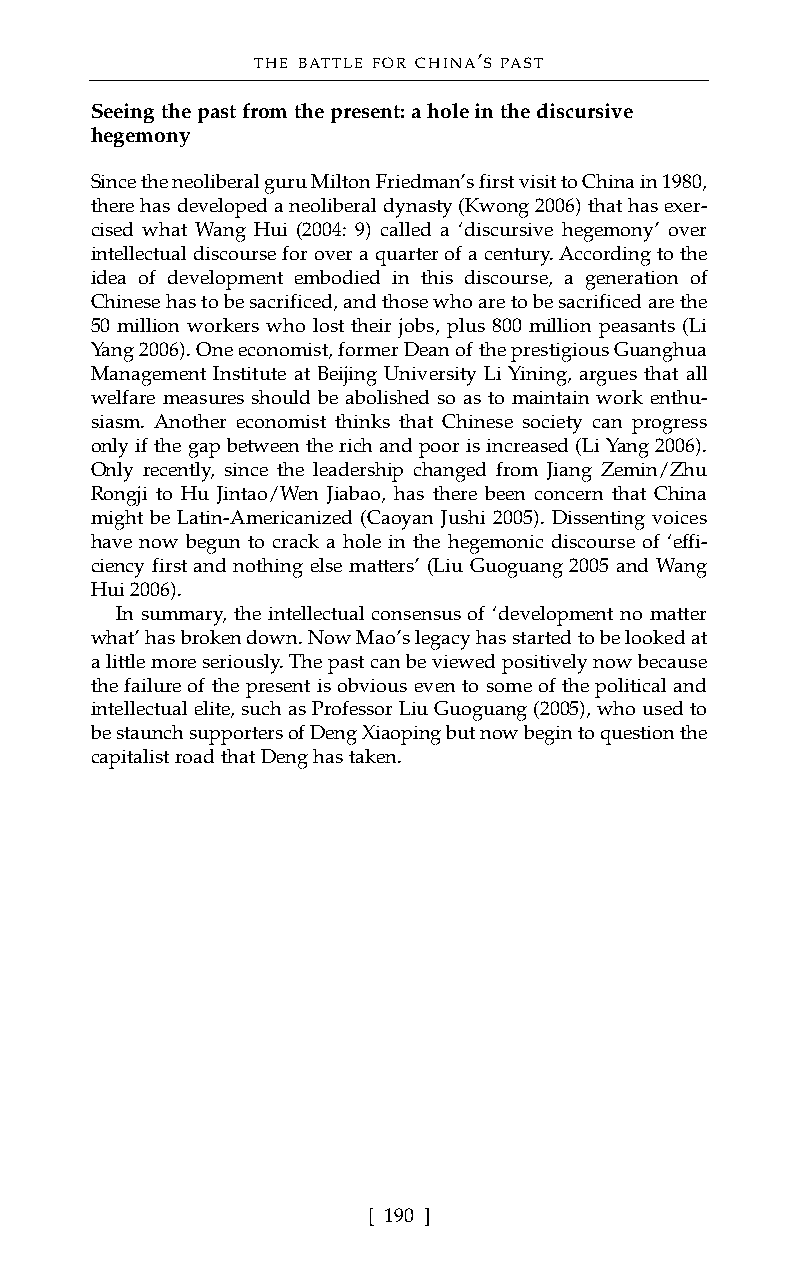
THE BATTLE FOR CHINA’S PAST
 Seeing the past from the present: a hole in the discursive
 hegemony
 Since the neoliberal guru Milton Friedman’s first visit to China in 1980,
 there has developed a neoliberal dynasty (Kwong 2006) that has exer-
 cised what Wang Hui (2004: 9) called a ‘discursive hegemony’ over
 intellectual discourse for over a quarter of a century. According to the
 idea of development embodied in this discourse, a generation of
 Chinese has to be sacrificed, and those who are to be sacrificed are the
 50 million workers who lost their jobs, plus 800 million peasants (Li
 Yang 2006). One economist, former Dean of the prestigious Guanghua
 Management Institute at Beijing University Li Yining, argues that all
 welfare measures should be abolished so as to maintain work enthu-
 siasm. Another economist thinks that Chinese society can progress
 only if the gap between the rich and poor is increased (Li Yang 2006).
 Only recently, since the leadership changed from Jiang Zemin/Zhu
 Rongji to Hu Jintao/Wen Jiabao, has there been concern that China
 might be Latin-Americanized (Caoyan Jushi 2005). Dissenting voices
 have now begun to crack a hole in the hegemonic discourse of ‘effi-
 ciency first and nothing else matters’ (Liu Guoguang 2005 and Wang
 Hui 2006).
 In summary, the intellectual consensus of ‘development no matter
 what’ has broken down. Now Mao’s legacy has started to be looked at
 a little more seriously. The past can be viewed positively now because
 the failure of the present is obvious even to some of the political and
 intellectual elite, such as Professor Liu Guoguang (2005), who used to
 be staunch supporters of Deng Xiaoping but now begin to question the
 capitalist road that Deng has taken.
 [ 190 ]